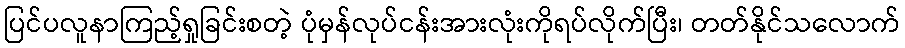
ပြင်ပလူနာကြည့်ရှုခြင်းစတဲ့ ပုံမှန်လုပ်ငန်းအားလုံးကိုရပ်လိုက်ပြီး၊ တတ်နိုင်သလောက်